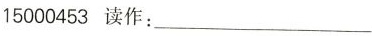
15000453 读作：___